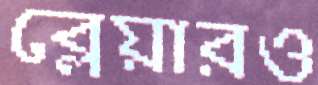
ব্লেয়ারও